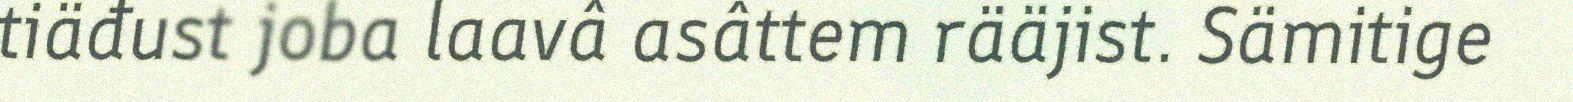
tiäđust joba laavâ asâttem rääjist. Sämitige